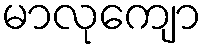
မာလုကျော